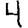
Digit: 4